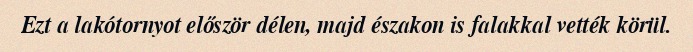
Ezt a lakótornyot először délen, majd északon is falakkal vették körül.